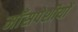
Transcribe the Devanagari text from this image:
माँसपेशीयों